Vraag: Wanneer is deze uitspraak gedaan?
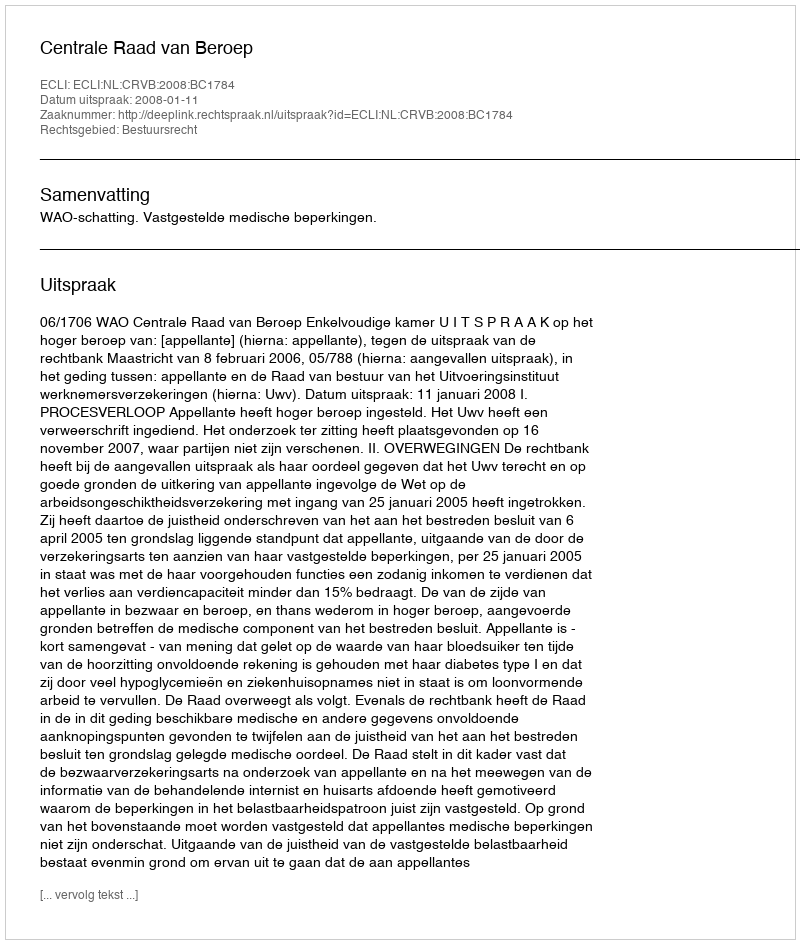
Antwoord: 2008-01-11